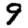
Digit: 9